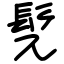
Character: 髡